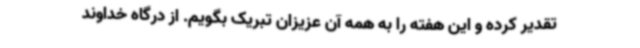
تقدیر کرده و این هفته را به همه آن عزیزان تبریک بگویم. از درگاه خداوند